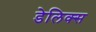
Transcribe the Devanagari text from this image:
डेलिक्स